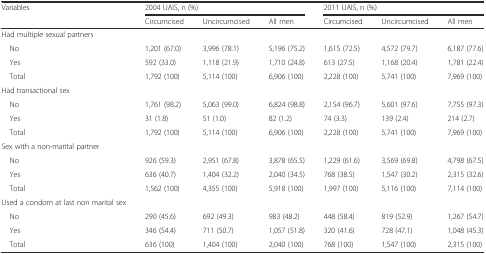
<table><thead><tr><td><b>Variables</b></td><td colspan="3"><b>2004 UAIS, n (%)</b></td><td colspan="3"><b>2011 UAIS, n (%)</b></td></tr><tr><td></td><td><b>Circumcised</b></td><td><b>Uncircumcised</b></td><td><b>All men</b></td><td><b>Circumcised</b></td><td><b>Uncircumcised</b></td><td><b>All men</b></td></tr></thead><tbody><tr><td>Had multiple sexual partners</td><td></td><td></td><td></td><td></td><td></td><td></td></tr><tr><td> No</td><td>1,201 (67.0)</td><td>3,996 (78.1)</td><td>5,196 (75.2)</td><td>1,615 (72.5)</td><td>4,572 (79.7)</td><td>6,187 (77.6)</td></tr><tr><td> Yes</td><td>592 (33.0)</td><td>1,118 (21.9)</td><td>1,710 (24.8)</td><td>613 (27.5)</td><td>1,168 (20.4)</td><td>1,781 (22.4)</td></tr><tr><td> Total</td><td>1,792 (100)</td><td>5,114 (100)</td><td>6,906 (100)</td><td>2,228 (100)</td><td>5,741 (100)</td><td>7,969 (100)</td></tr><tr><td>Had transactional sex</td><td></td><td></td><td></td><td></td><td></td><td></td></tr><tr><td> No</td><td>1,761 (98.2)</td><td>5,063 (99.0)</td><td>6,824 (98.8)</td><td>2,154 (96.7)</td><td>5,601 (97.6)</td><td>7,755 (97.3)</td></tr><tr><td> Yes</td><td>31 (1.8)</td><td>51 (1.0)</td><td>82 (1.2)</td><td>74 (3.3)</td><td>139 (2.4)</td><td>214 (2.7)</td></tr><tr><td> Total</td><td>1,792 (100)</td><td>5,114 (100)</td><td>6,906 (100)</td><td>2,228 (100)</td><td>5,741 (100)</td><td>7,969 (100)</td></tr><tr><td>Sex with a non-marital partner</td><td></td><td></td><td></td><td></td><td></td><td></td></tr><tr><td> No</td><td>926 (59.3)</td><td>2,951 (67.8)</td><td>3,878 (65.5)</td><td>1,229 (61.6)</td><td>3,569 (69.8)</td><td>4,798 (67.5)</td></tr><tr><td> Yes</td><td>636 (40.7)</td><td>1,404 (32.2)</td><td>2,040 (34.5)</td><td>768 (38.5)</td><td>1,547 (30.2)</td><td>2,315 (32.6)</td></tr><tr><td> Total</td><td>1,562 (100)</td><td>4,355 (100)</td><td>5,918 (100)</td><td>1,997 (100)</td><td>5,116 (100)</td><td>7,114 (100)</td></tr><tr><td>Used a condom at last non marital sex</td><td></td><td></td><td></td><td></td><td></td><td></td></tr><tr><td> No</td><td>290 (45.6)</td><td>692 (49.3)</td><td>983 (48.2)</td><td>448 (58.4)</td><td>819 (52.9)</td><td>1,267 (54.7)</td></tr><tr><td> Yes</td><td>346 (54.4)</td><td>711 (50.7)</td><td>1,057 (51.8)</td><td>320 (41.6)</td><td>728 (47.1)</td><td>1,048 (45.3)</td></tr><tr><td> Total</td><td>636 (100)</td><td>1,404 (100)</td><td>2,040 (100)</td><td>768 (100)</td><td>1,547 (100)</td><td>2,315 (100)</td></tr></tbody></table>